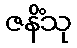
ဇနိံသု